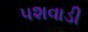
પશવાડી